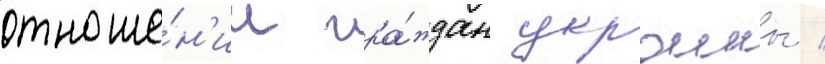
отноше́н'ии гра́ждан украины /